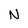
Character: N